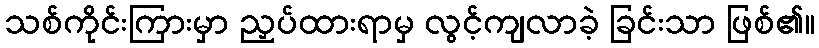
သစ်ကိုင်းကြားမှာ ညှပ်ထားရာမှ လွင့်ကျလာခဲ့ ခြင်းသာ ဖြစ်၏။